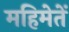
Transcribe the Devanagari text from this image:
महिमेतें